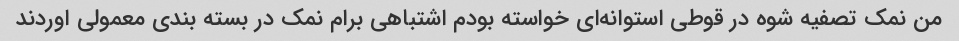
من نمک تصفیه شوه در قوطی استوانه‌ای خواسته بودم اشتباهی برام نمک در بسته بندی معمولی اوردند